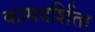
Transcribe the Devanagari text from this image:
कामदर्शिता